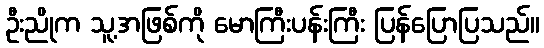
ဦးညိုက သူ့အဖြစ်ကို မောကြီးပန်းကြီး ပြန်ပြောပြသည်။